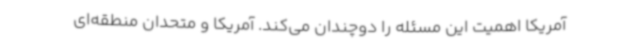
آمریکا اهمیت این مسئله را دوچندان می‌کند. آمریکا و متحدان منطقه‌ای